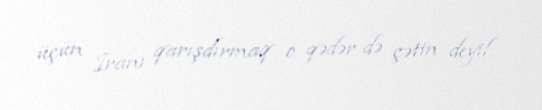
üçün İranı qarışdırmaq o qədər də çətin deyil.